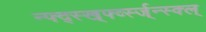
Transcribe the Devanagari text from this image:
न्फ्द्स्ख्र्फ्व्स्ज्न्स्क्ल्